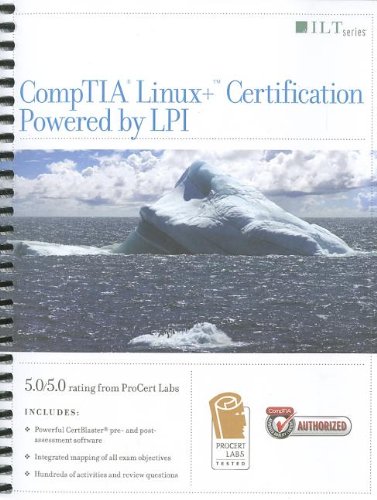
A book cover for CompTIA Linux+ Certification, Powered by LPI (Ilt); Computers & Technology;